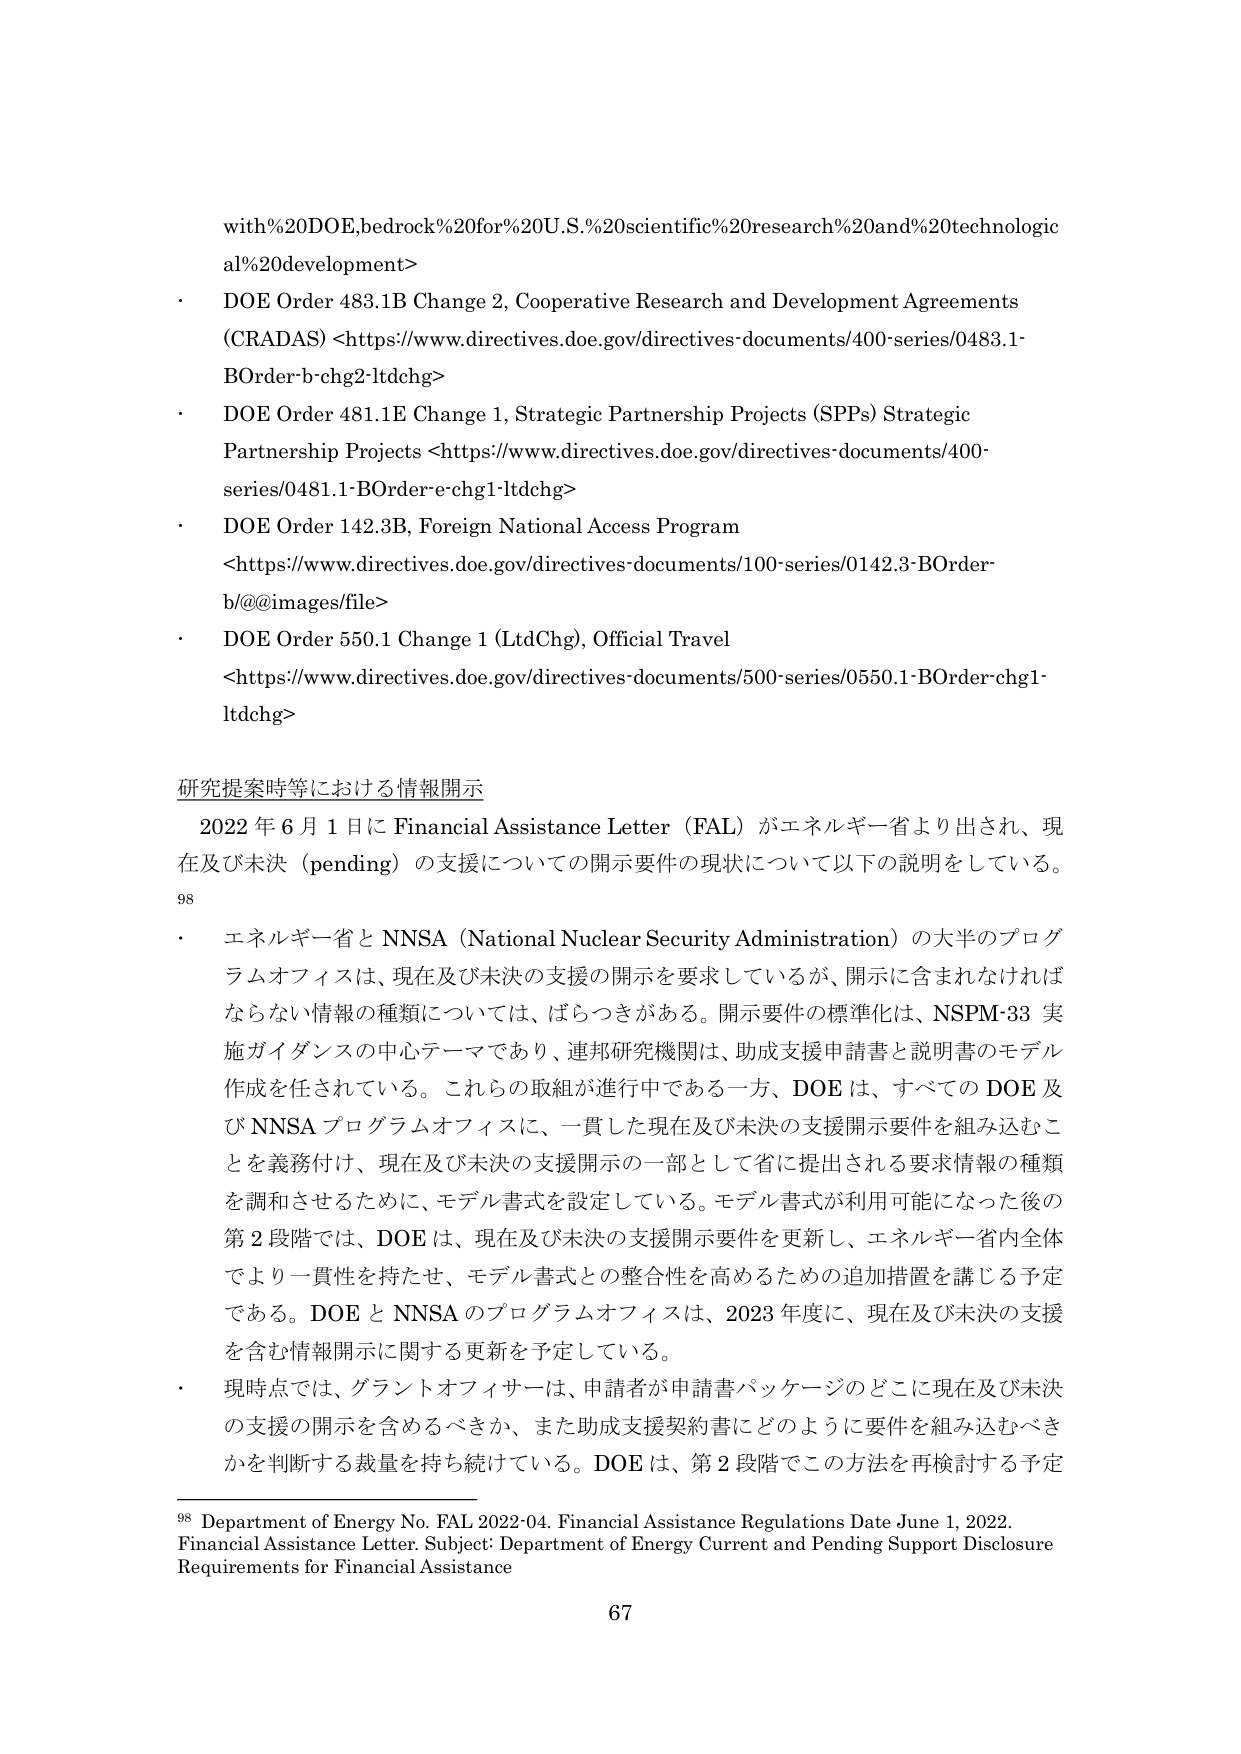
with%20DOE,bedrock%20for%20U.S.%20scientific%20research%20and%20technological%20development>

• DOE Order 483.1B Change 2, Cooperative Research and Development Agreements (CRADAS) <https://www.directives.doe.gov/directives-documents/400-series/0483.1-BOrder-b-chg2-ltdchg>

• DOE Order 481.1E Change 1, Strategic Partnership Projects (SPPs) Strategic Partnership Projects <https://www.directives.doe.gov/directives-documents/400-series/0481.1-BOrder-e-chg1-ltdchg>

• DOE Order 142.3B, Foreign National Access Program <https://www.directives.doe.gov/directives-documents/100-series/0142.3-BOrder-b/@images/file>

• DOE Order 550.1 Change 1 (LtdChg), Official Travel <https://www.directives.doe.gov/directives-documents/500-series/0550.1-BOrder-chg1-ltdchg>

研究提案時等における情報開示

2022年6月1日にFinancial Assistance Letter（FAL）がエネルギー省より出され、現在及び未決（pending）の支援についての開示要件の現状について以下の説明をしている。

98

• エネルギー省とNNSA（National Nuclear Security Administration）の大半のプログラムオフィスは、現在及び未決の支援の開示を要求しているが、開示に含まれなければならない情報の種類については、ばらつきがある。開示要件の標準化は、NSPM-33 実施ガイダンスの中心テーマであり、連邦研究機関は、助成支援申請書と説明書のモデル作成を任されている。これらの取組が進行中である一方、DOEは、すべてのDOE及びNNSAプログラムオフィスに、一貫した現在及び未決の支援開示要件を組み込むことを義務付け、現在及び未決の支援開示の一部として省に提出される要求情報の種類を調和させるために、モデル書式を設定している。モデル書式が利用可能になった後の第2段階では、DOEは、現在及び未決の支援開示要件を更新し、エネルギー省内全体でより一貫性を持たせ、モデル書式との整合性を高めるための追加措置を講じる予定である。DOEとNNSAのプログラムオフィスは、2023年度に、現在及び未決の支援を含む情報開示に関する更新を予定している。

• 現時点では、グラントオフィサーは、申請者が申請書パッケージのどこに現在及び未決の支援の開示を含めるべきか、また助成支援契約書にどのように要件を組み込むべきかを判断する裁量を持ち続けている。DOEは、第2段階でこの方法を再検討する予定

98 Department of Energy No. FAL 2022-04. Financial Assistance Regulations Date June 1, 2022. Financial Assistance Letter. Subject: Department of Energy Current and Pending Support Disclosure Requirements for Financial Assistance

67